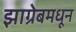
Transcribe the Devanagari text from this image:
झाग्रेबमधून